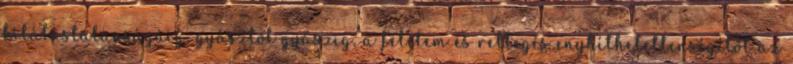
kilátástalanságáig, gyásztól gyászig, a félelem és rettegés enyhíthetetlenségétől az